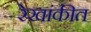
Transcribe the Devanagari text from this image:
रेखांकीत